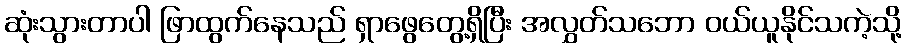
ဆုံးသွားတာပါ ဖြာထွက်နေသည် ရှာဖွေတွေ့ရှိပြီး အလွှတ်သဘော ဝယ်ယူနိုင်သကဲ့သို့